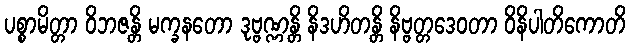
ပစ္စာမိတ္တာ ဝိဘဇန္တိ မက္ခနတော ဒုဗ္ဗဏ္ဏန္တိ နိဒဟိတန္တိ နိဗ္ဗတ္တဒေဝတာ ဝိနိပါတိကောတိ